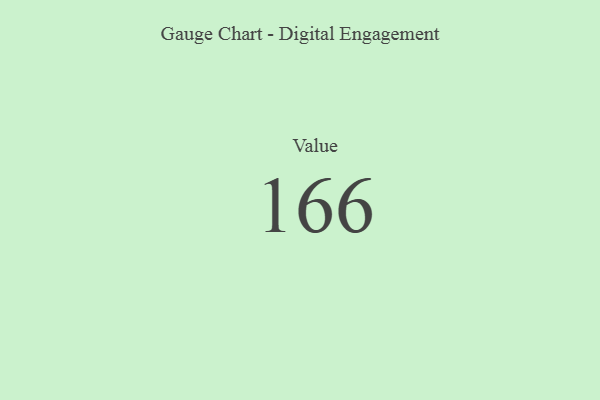
{"axis": {"x": "Metric", "y": "Value"}, "legend": [""], "data": [{"x": "Value", "y": 166, "type": ""}]}